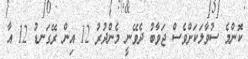
ކޮންމެ ސުވާލަކަށްވެސް ޖަވާބު ދެވޭނީ މެންދުރު 12 އިން ރޭގަނޑު 12 އާ